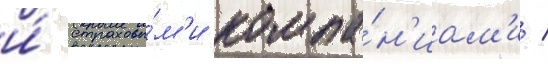
и́ страховы́м'и компа́н'иам'и /